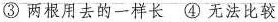
③两根用去的一样长④无法比较